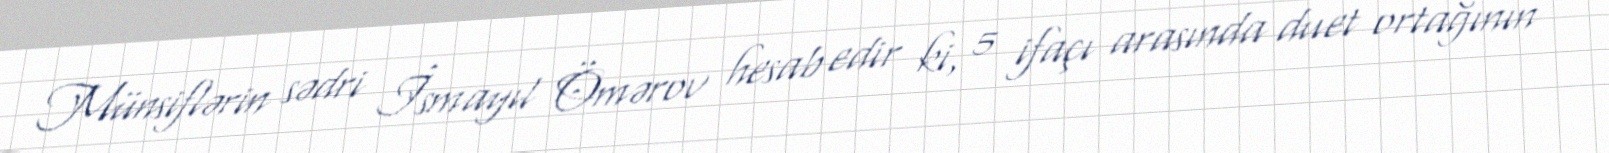
Münsiflərin sədri İsmayıl Ömərov hesab edir ki, 5 ifaçı arasında duet ortağının